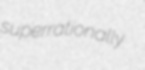
superrationally